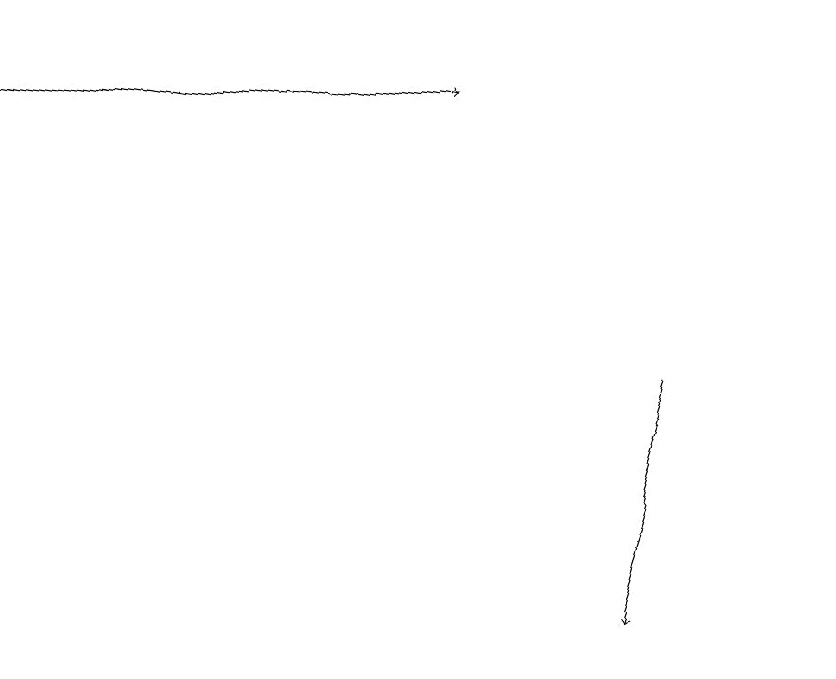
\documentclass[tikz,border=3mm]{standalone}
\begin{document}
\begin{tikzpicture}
\draw[->] (9,13) -- (8,10);
\draw[->] (1,18) -- (7,17);
\draw (11,12) circle (0);
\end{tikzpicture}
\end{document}